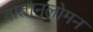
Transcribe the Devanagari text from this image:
वातानुलोमन